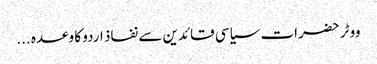
ووٹر حضرات سیاسی قائدین سے نفاذ اردو کا وعدہ ...